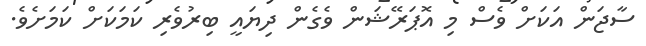
ސާޖަން އަކަށް ވެސް މި އޮޕަރޭޝަން ވެގެން ދިޔައީ ބިރުވެރި ކަމަކަށް ކަމަށެވެ.